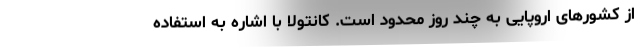
از کشورهای اروپایی به چند روز محدود است. کانتولا با اشاره به استفاده